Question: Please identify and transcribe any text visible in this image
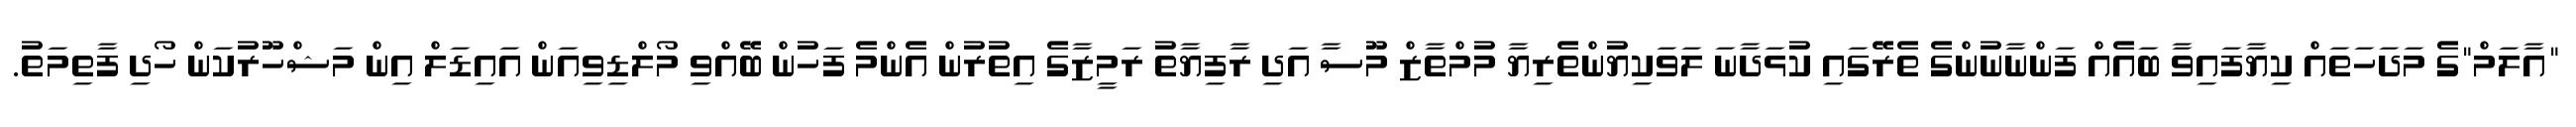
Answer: "އާލަމް"ގެ މަދަހަތައް ކިޔާފައިވާ ބައެއް ފަންނާނުންގެ ތެރޭގައި ކުޅަދާނަ ލަވަކިޔުންތެރިޔާ މުމްތާޒް މޫސާ އަދި ރާފިޔާތު ރަމީޒާގެ އިތުރުން އެންމެ ފަހުން ބޭއްވި މޯލްޑިވިއަން އައިޑަލް އިން މަޝްހޫރުކަން ހޯދި ފާތިމަތު.